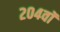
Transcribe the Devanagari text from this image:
२०४वॉ